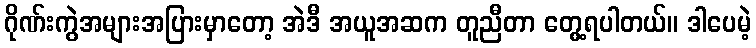
ဂိုဏ်းကွဲအများအပြားမှာတော့ အဲဒီ အယူအဆက တူညီတာ တွေ့ရပါတယ်။ ဒါပေမဲ့